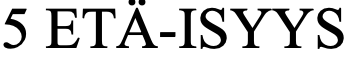
5 ETÄ-ISYYS